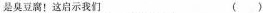
是臭豆腐！这启示我们 ()